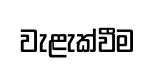
වැළැක්වීම